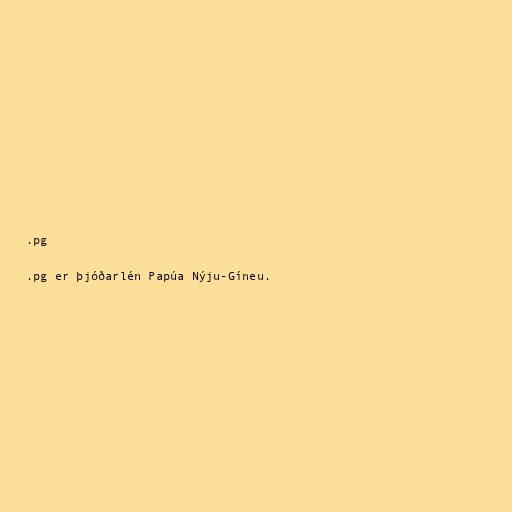
.pg

.pg er þjóðarlén Papúa Nýju-Gíneu.